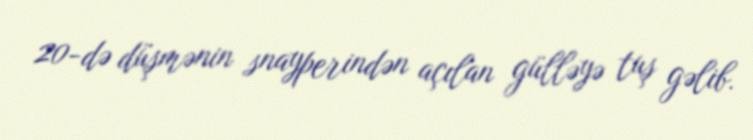
20-də düşmənin snayperindən açılan gülləyə tuş gəlib.